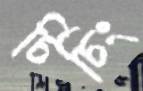
চিচিং